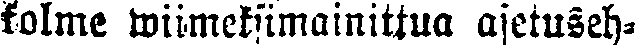
kolme wiimeksimainittua asetuseh-